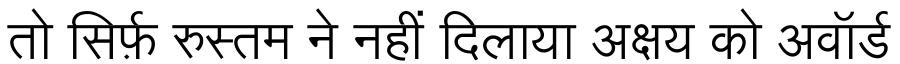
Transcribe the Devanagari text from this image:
तो सिर्फ़ रुस्तम ने नहीं दिलाया अक्षय को अवॉर्ड